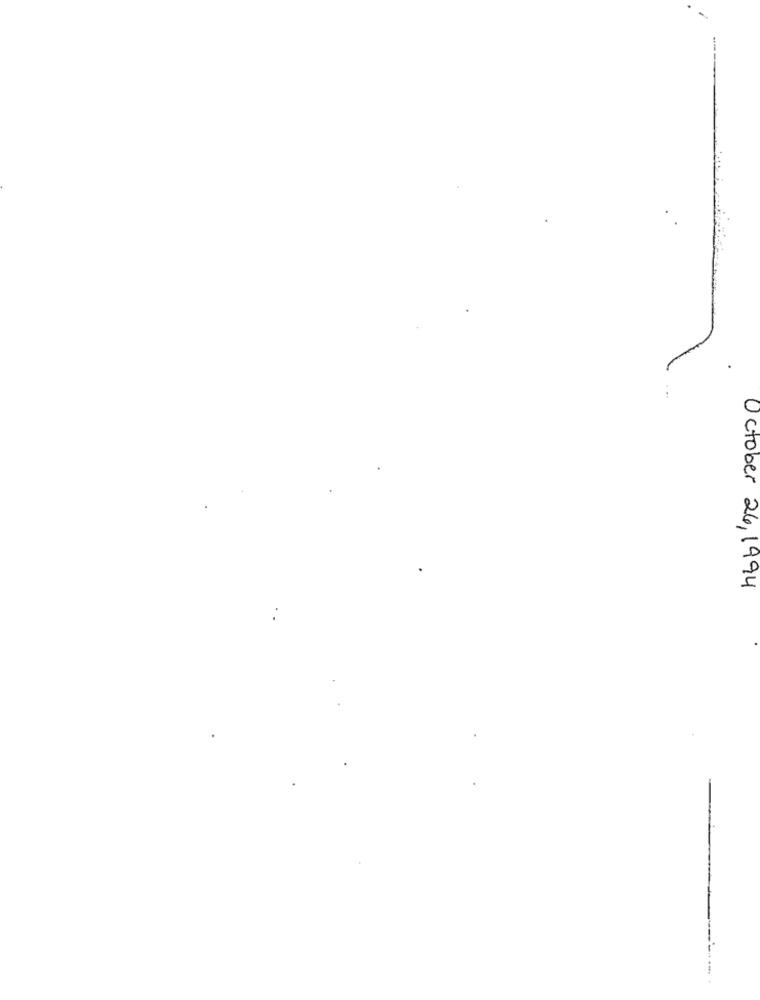
October 26, 1994